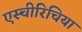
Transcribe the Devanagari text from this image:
एस्चीरिचिया